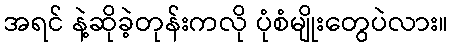
အရင် နဲ့ဆိုခဲ့တုန်းကလို ပုံစံမျိုးတွေပဲလား။